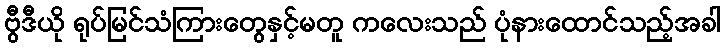
ဗွီဒီယို ရုပ်မြင်သံကြားတွေနှင့်မတူ ကလေးသည် ပုံနားထောင်သည့်အခါ